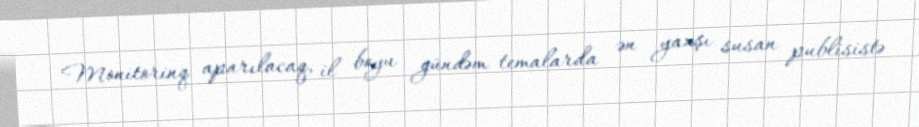
Monitorinq aparılacaq, il boyu gündəm temalarda ən yaxşı susan publisistə